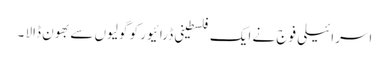
اسرائیلی فوج نے ایک فلسطینی ڈرائیور کو گولیوں سے بھون ڈالا ۔